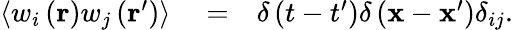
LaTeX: \begin{array}{rlr}{\left\langle w_{i}\left(\mathbf{r}\right)w_{j}\left(\mathbf{r}^{\prime}\right)\right\rangle}&{{}=}&{\delta\left(t-t^{\prime}\right)\delta\left(\mathbf{x}-\mathbf{x}^{\prime}\right)\delta_{ij}.}\end{array}